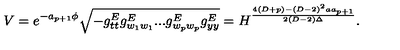
V = e ^ { - a _ { p + 1 } \phi } \sqrt { - g _ { t t } ^ { E } g _ { w _ { 1 } w _ { 1 } } ^ { E } . . . g _ { w _ { p } w _ { p } } ^ { E } g _ { y y } ^ { E } } = H ^ { \frac { 4 ( D + p ) - ( D - 2 ) ^ { 2 } a a _ { p + 1 } } { 2 ( D - 2 ) \Delta } } .